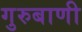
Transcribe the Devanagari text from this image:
गुरुबाणी